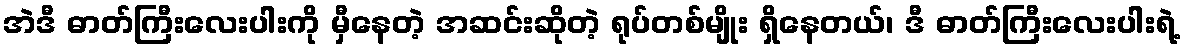
အဲဒီ ဓာတ်ကြီးလေးပါးကို မှီနေတဲ့ အဆင်းဆိုတဲ့ ရုပ်တစ်မျိုး ရှိနေတယ်၊ ဒီ ဓာတ်ကြီးလေးပါးရဲ့